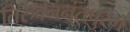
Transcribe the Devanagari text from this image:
तिरुवननंतपुरम